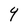
Character: Y